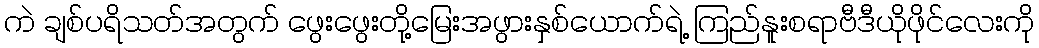
ကဲ ချစ်ပရိသတ်အတွက် ဖွေးဖွေးတို့မြေးအဖွားနှစ်ယောက်ရဲ့ ကြည်နူးစရာဗီဒီယိုဖိုင်လေးကို